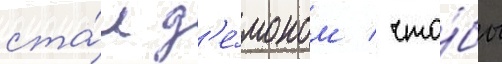
ста́л д'е́моном / что́бы